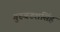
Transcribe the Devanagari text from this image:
गुरुबख्शसिंह